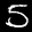
Label: 5